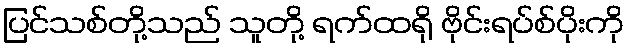
ပြင်သစ်တို့သည် သူတို့ ရက်ထရို ဗိုင်းရပ်စ်ပိုးကို